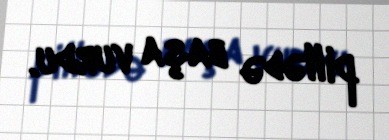
pillədə başa vurdu.